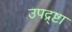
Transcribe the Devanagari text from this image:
उपद्र्ष्टा